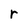
Character: r